Civil Veterinary Department. Madras. Admin. report 1926-33 - 1926-1933
Year: 1926
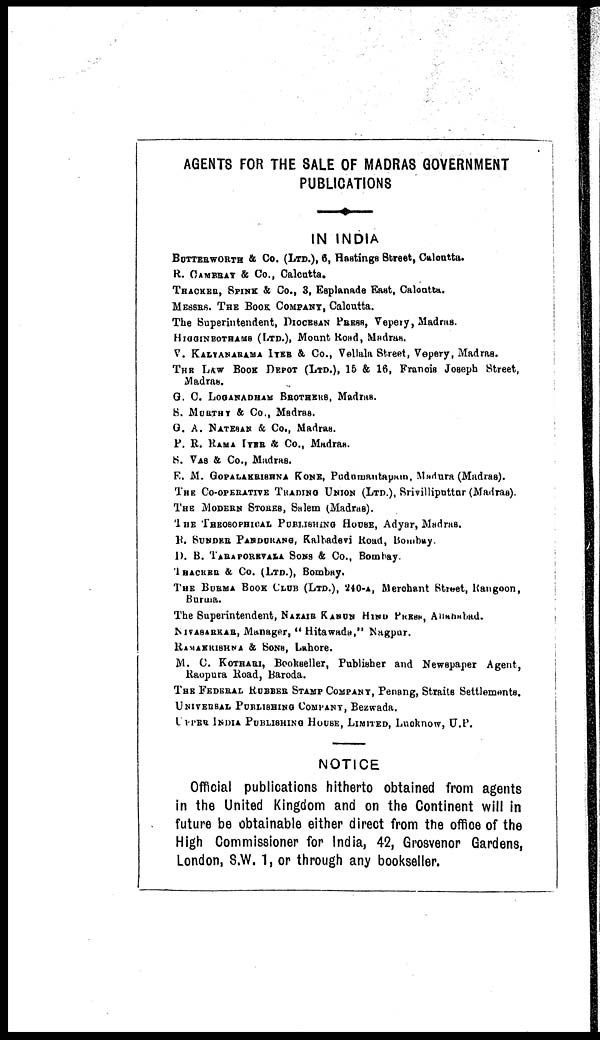
AGENTS FOR THE SALE OF MADRAS GOVERNMENT
PUBLICATIONS
IN INDIA
BOTTERWORTH & Co. (LTD.), 6, Hastings Street, Calcatta.
R. CAMBRAY & Co., Calcutta.
THACKER, SPINK & Co., 3, Esplanade East, Calcatta.
MESSRS. THE BOOK COMPANY, Calcutta.
The Superintendent, DIOCESAN PRESS, Vepery, Madras.
HIGGINBOTHAMS (LTD.), Mount Road, Madras.
V. KALYANARAMA IYER & Co., Vellala Street, Vepery, Madras.
THE LAW BOOK DEPOT (LTD.),
15 & 16, Francis Joseph Street,
Madras.
G. C. LOGANADHAM BROTHERS, Madras.
S. MURTHY & Co., Madras.
G. A. NATESAN & Co., Madras.
P. R. RAMA IYER & Co., Madras.
S. VAS & Co., Madras.
E. M. GOPALAKRISHNA KONE, Pudumantapam, Madura (Madras).
THE CO-OPERATIVE TRADING UNION (LTD.), Srivilliputtar (Madras).
THE MODERN STORES, Salem (Madras).
THE THEOSOPHICAL PUBLISHING HOUSE,
Adyar, Madras.
R. SUNDER PANDURANG, Kalhadevi Road, Bombay
D. B. TARAPOREVALA SONS&
Co., Bombay
TRACKER & CO. (LTD.), Bombay.
THE BURMA BOOK CLUB (LTD.), 240-a, Merehant Street, Rangoon,
Burma.
The Superintendent, NAZAIR KANUN HIND PRESS, Ahmedabad.
NIVASARKAR, Manager, " Hitawada," Nagpur.
RAMAKRISHNA & SONS, Lahore.
M. C. KOTHARI, Bookseller, Publisher and Newspaper Agent,
Raopura Road, Baroda.
THE FEDERAL RUSSER STAMP COMPANY, Penang, Straits Settlements.
UNIVERSAL PUBLISHING COMPANY, Bezwada.
UPPER INDIA PUBLISHING HOUSE, LIMITED,
Lucknow, U.P.
NOTICE
Official publications hitherto obtained from agents
in the United Kingdom and on the Continent will in
future be obtainable either direct from the office of the
High Commissioner for India, 42, Grosvenor Gardens,
London, S.W. 1, or through any bookseller.